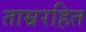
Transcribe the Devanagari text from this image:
ताम्ररहित